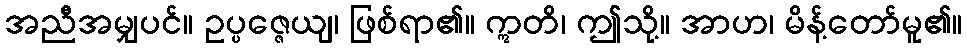
အညီအမျှပင်။ ဥပ္ပဇ္ဇေယျ၊ ဖြစ်ရာ၏။ ဣတိ၊ ဤသို့။ အာဟ၊ မိန့်တော်မူ၏။